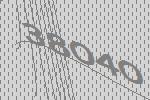
38040